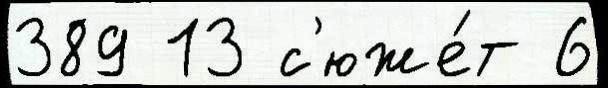
389 13 с'юже́т 6